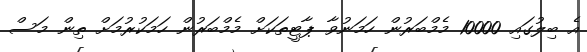
އެ ބިލުގައި 10000 މެމްބަރުން ހަމަނުވާ ޕާޓީތަކަށް މެމްބަރުން ހަމަކުރުމަށް ތިން މަސް